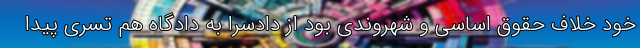
خود خلاف حقوق اساسی و شهروندی بود از دادسرا به دادگاه هم تسری پیدا